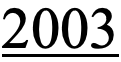
2003